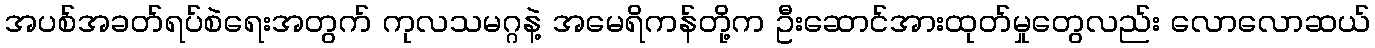
အပစ်အခတ်ရပ်စဲရေးအတွက် ကုလသမဂ္ဂနဲ့ အမေရိကန်တို့က ဦးဆောင်အားထုတ်မှုတွေလည်း လောလောဆယ်